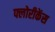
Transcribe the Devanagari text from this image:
फ्लोरीकेंस